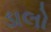
ડાલો